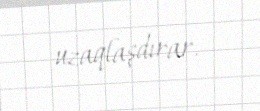
uzaqlaşdırar.